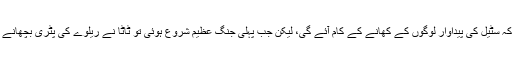
ایک برطانوی اہلکار نے ٹاٹا سٹیل پر طنز کرتے ہوئے کہا تھا کہ سٹیل کی پیداوار لوگوں کے کھانے کے کام آئے گی، لیکن جب پہلی جنگِ عظیم شروع ہوئی تو ٹاٹا نے ریلوے کی پٹری بچھانے کے لیے سٹیل فراہم کیا جو برطانوی مہم کے لیے بہت اہم تھی۔